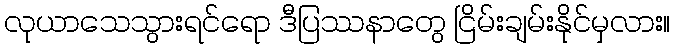
လုယာသေသွားရင်ရော ဒီပြဿနာတွေ ငြိမ်းချမ်းနိုင်မှလား။